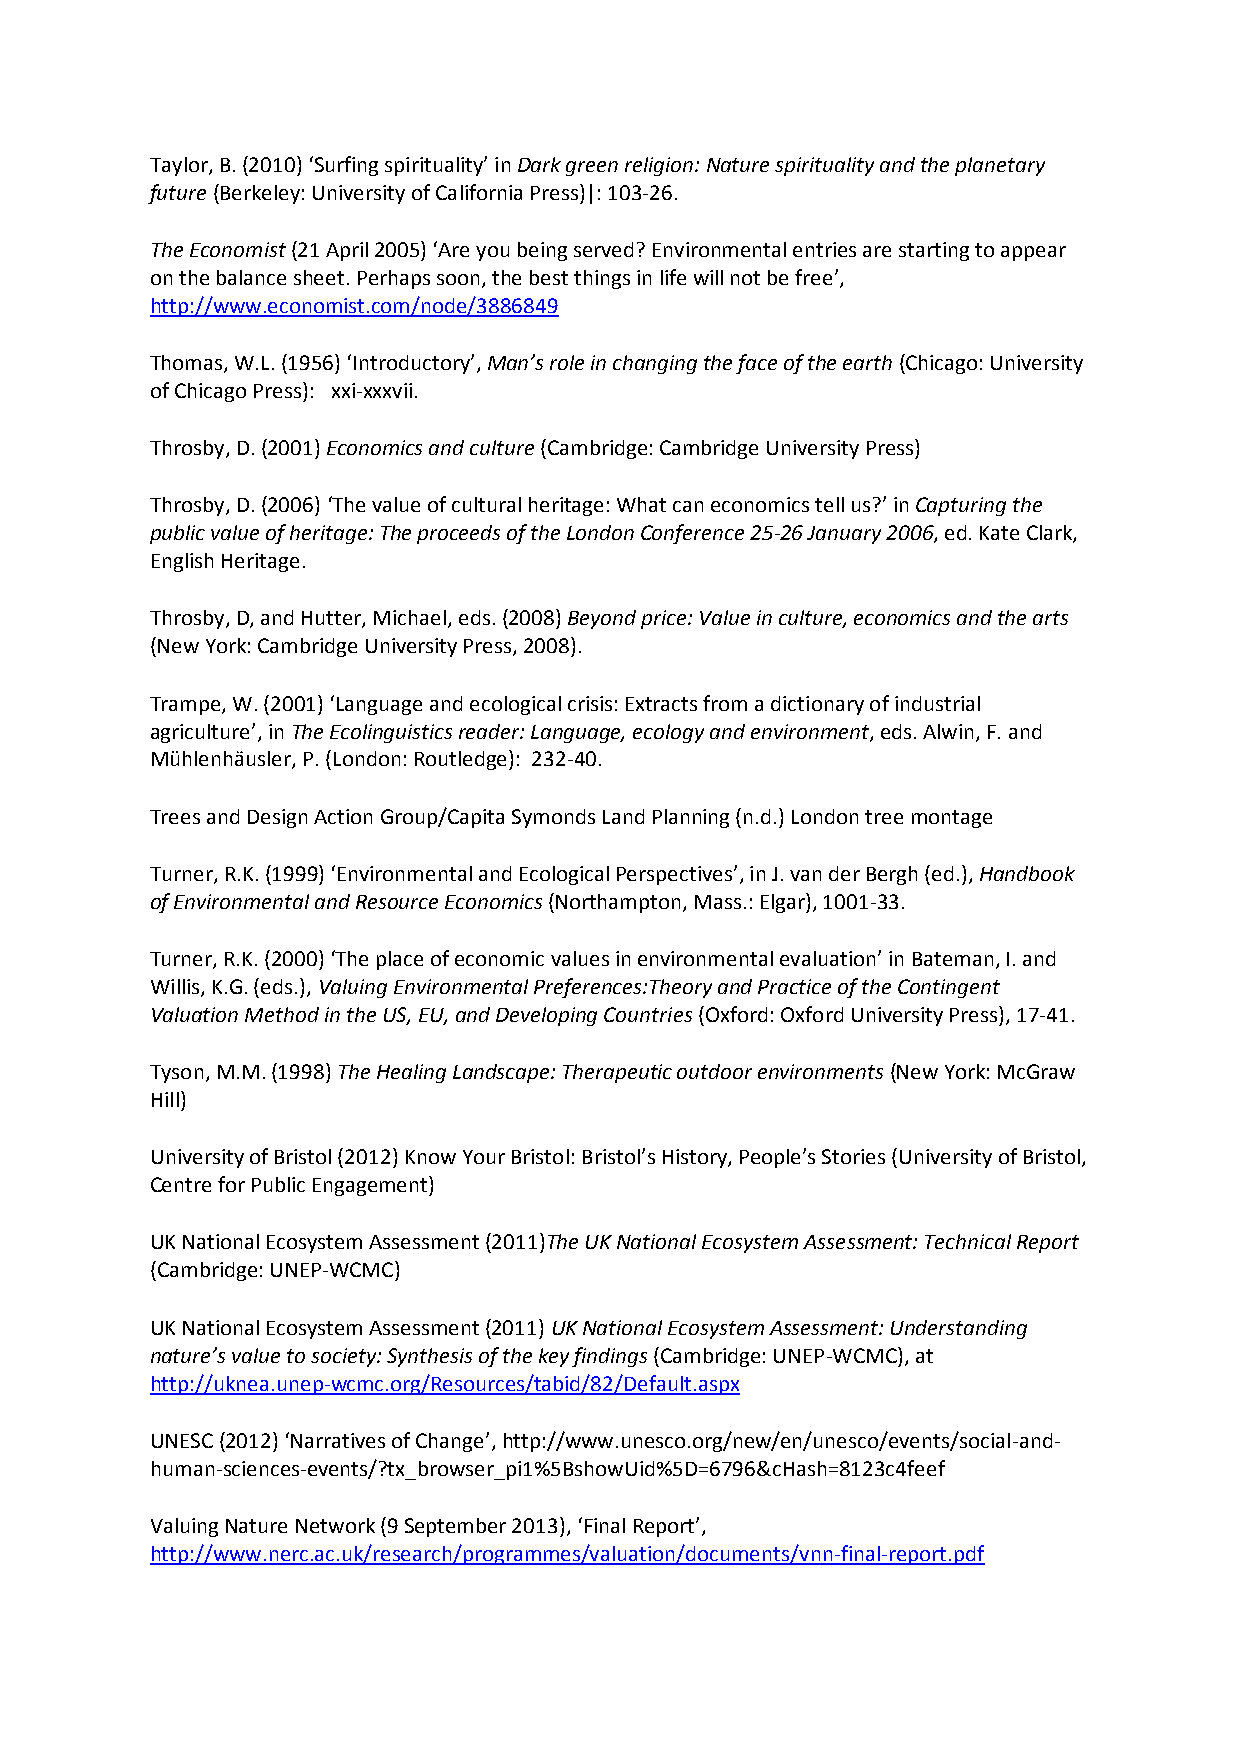
Taylor, B. (2010) ‘Surfing spirituality’ in Dark green religion: Nature spirituality and the planetary
 future (Berkeley: University of California Press)|: 103-26.
 The Economist (21 April 2005) ‘Are you being served? Environmental entries are starting to appear
 on the balance sheet. Perhaps soon, the best things in life will not be free’,
 http://www.economist.com/node/3886849
 Thomas, W.L. (1956) ‘Introductory’, Man’s role in changing the face of the earth (Chicago: University
 of Chicago Press): xxi-xxxvii.
 Throsby, D. (2001) Economics and culture (Cambridge: Cambridge University Press)
 Throsby, D. (2006) ‘The value of cultural heritage: What can economics tell us?’ in Capturing the
 public value of heritage: The proceeds of the London Conference 25-26 January 2006, ed. Kate Clark,
 English Heritage.
 Throsby, D, and Hutter, Michael, eds. (2008) Beyond price: Value in culture, economics and the arts
 (New York: Cambridge University Press, 2008).
 Trampe, W. (2001) ‘Language and ecological crisis: Extracts from a dictionary of industrial
 agriculture’, in The Ecolinguistics reader: Language, ecology and environment, eds. Alwin, F. and
 Mühlenhäusler, P. (London: Routledge): 232-40.
 Trees and Design Action Group/Capita Symonds Land Planning (n.d.) London tree montage
 Turner, R.K. (1999) ‘Environmental and Ecological Perspectives’, in J. van der Bergh (ed.), Handbook
 of Environmental and Resource Economics (Northampton, Mass.: Elgar), 1001-33.
 Turner, R.K. (2000) ‘The place of economic values in environmental evaluation’ in Bateman, I. and
 Willis, K.G. (eds.), Valuing Environmental Preferences:Theory and Practice of the Contingent
 Valuation Method in the US, EU, and Developing Countries (Oxford: Oxford University Press), 17-41.
 Tyson, M.M. (1998) The Healing Landscape: Therapeutic outdoor environments (New York: McGraw
 Hill)
 University of Bristol (2012) Know Your Bristol: Bristol’s History, People’s Stories (University of Bristol,
 Centre for Public Engagement)
 UK National Ecosystem Assessment (2011)The UK National Ecosystem Assessment: Technical Report
 (Cambridge: UNEP-WCMC)
 UK National Ecosystem Assessment (2011) UK National Ecosystem Assessment: Understanding
 nature’s value to society: Synthesis of the key findings (Cambridge: UNEP-WCMC), at
 http://uknea.unep-wcmc.org/Resources/tabid/82/Default.aspx
 UNESC (2012) ‘Narratives of Change’, http://www.unesco.org/new/en/unesco/events/social-and-
 human-sciences-events/?tx_browser_pi1%5BshowUid%5D=6796&cHash=8123c4feef
 Valuing Nature Network (9 September 2013), ‘Final Report’,
 http://www.nerc.ac.uk/research/programmes/valuation/documents/vnn-final-report.pdf